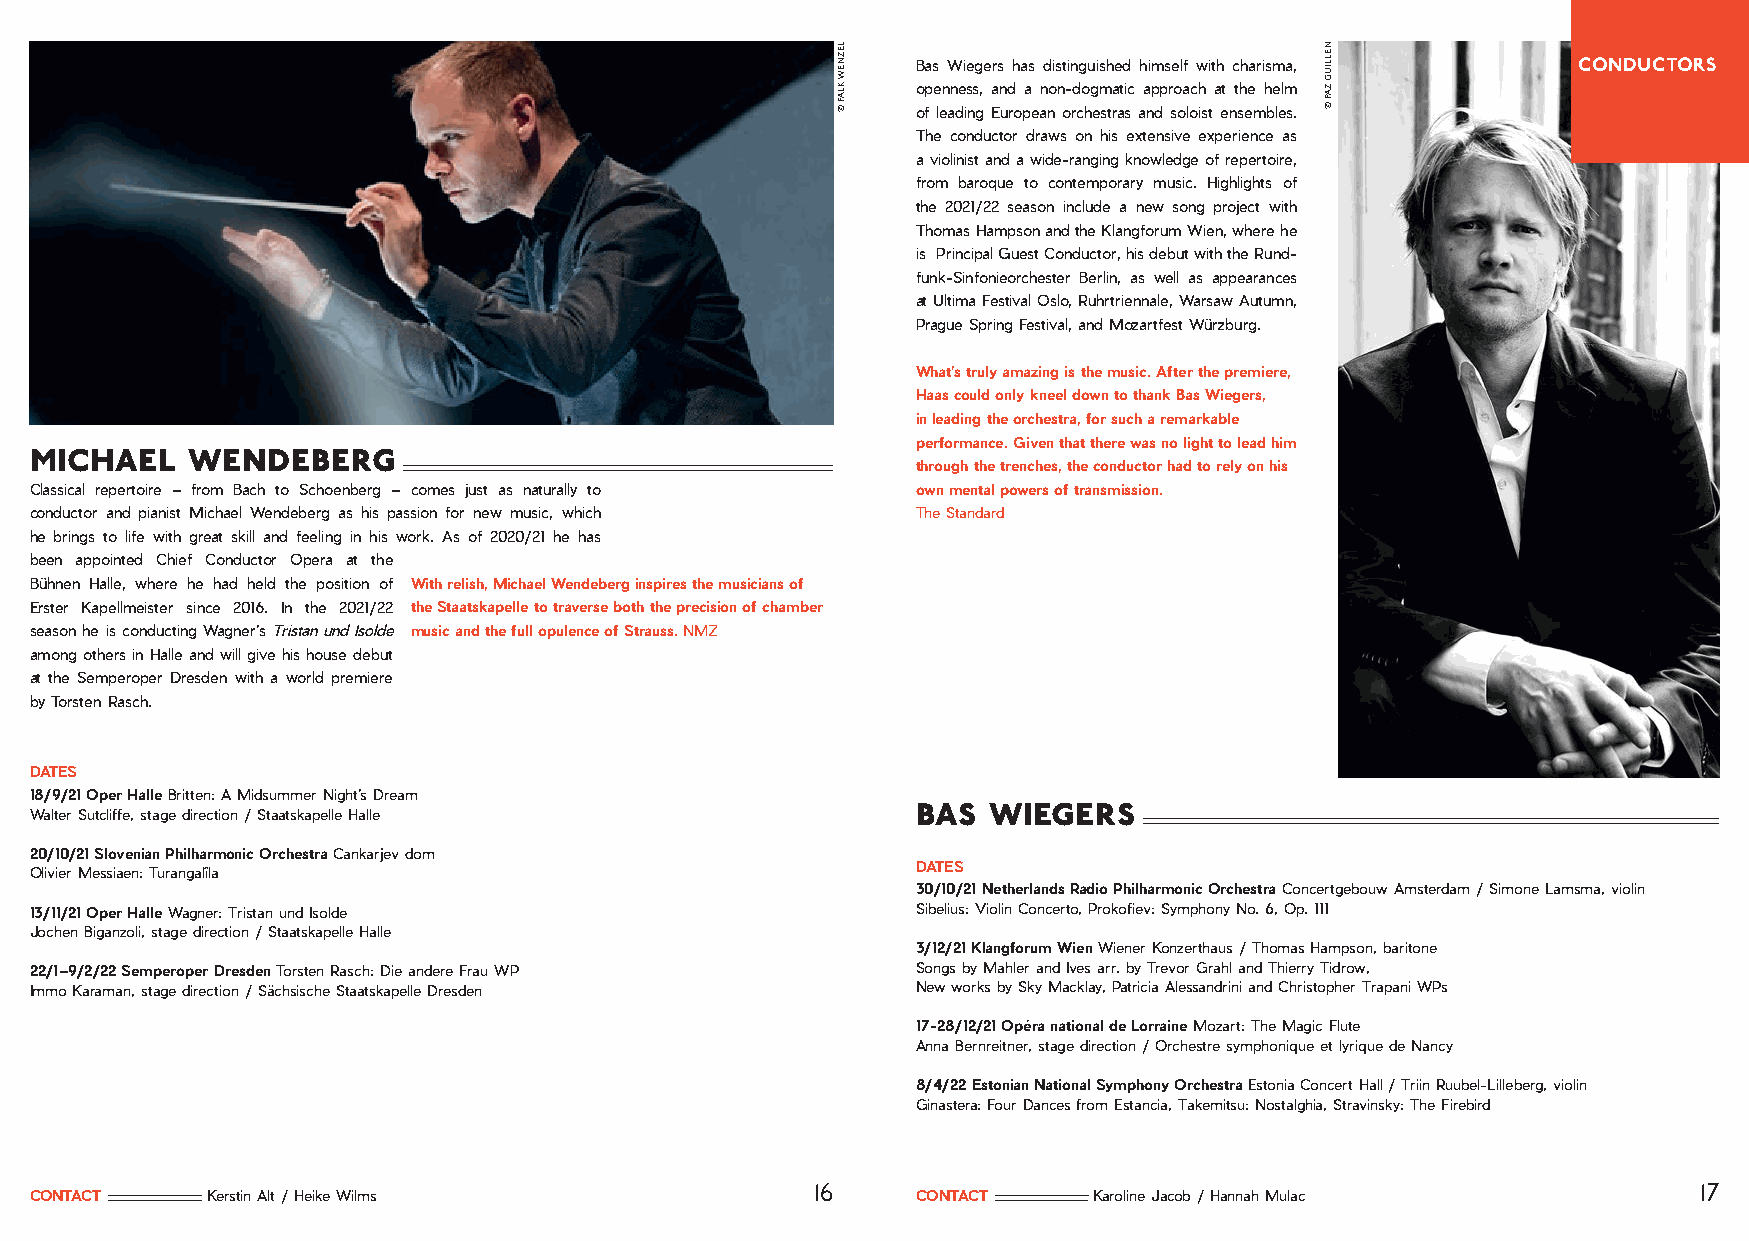
Bas Wiegers has distinguished himself with charisma, CONDUCTORS
 openness, and a non-dogmatic approach at the helm
 of leading European orchestras and soloist ensembles.
 The conductor draws on his extensive experience as
 a violinist and a wide-ranging knowledge of repertoire,
 from baroque to contemporary music. Highlights of
 the 2021/22 season include a new song project with
 Thomas Hampson and the Klangforum Wien, where he
 is Principal Guest Conductor, his debut with the Rund-
 funk-Sinfonieorchester Berlin, as well as appearances
 at Ultima Festival Oslo, Ruhrtriennale, Warsaw Autumn,
 Prague Spring Festival, and Mozartfest Würzburg.
 What’s truly amazing is the music. After the premiere,
 Haas could only kneel down to thank Bas Wiegers,
 in leading the orchestra, for such a remarkable
 performance. Given that there was no light to lead him
 michael   wendeberg
 through the trenches, the conductor had to rely on his
 Classical repertoire – from Bach to Schoenberg – comes just as naturally to own mental powers of transmission.
 conductor and pianist Michael Wendeberg as his passion for new music, which The Standard
 he brings to life with great skill and feeling in his work. As of 2020/21 he has
 been appointed Chief Conductor Opera at the
 Bühnen Halle, where he had held the position of With relish, Michael Wendeberg inspires the musicians of
 Erster Kapellmeister since 2016. In the 2021/22 the Staatskapelle to traverse both the precision of chamber
 season he is conducting Wagner’s Tristan und Isolde music and the full opulence of Strauss. NMZ
 among others in Halle and will give his house debut
 at the Semperoper Dresden with a world premiere
 by Torsten Rasch.
 DATES
 18/9/21 Oper Halle Britten: A Midsummer Night’s Dream
 bas wiegers
 Walter Sutcliffe, stage direction / Staatskapelle Halle
 20/10/21 Slovenian Philharmonic Orchestra Cankarjev dom
 DATES
 Olivier Messiaen: Turangalîla
 30/10/21 Netherlands Radio Philharmonic Orchestra Concertgebouw Amsterdam / Simone Lamsma, violin
 13/11/21 Oper Halle Wagner: Tristan und Isolde             Sibelius: Violin Concerto, Prokofiev: Symphony No. 6, Op. 111
 Jochen Biganzoli, stage direction / Staatskapelle Halle
 3/12/21 Klangforum Wien Wiener Konzerthaus / Thomas Hampson, baritone
 22/1–9/2/22 Semperoper Dresden Torsten Rasch: Die andere Frau WP Songs by Mahler and Ives arr. by Trevor Grahl and Thierry Tidrow,
 Immo Karaman, stage direction / Sächsische Staatskapelle Dresden New works by Sky Macklay, Patricia Alessandrini and Christopher Trapani WPs
 17-28/12/21 Opéra national de Lorraine Mozart: The Magic Flute
 Anna Bernreitner, stage direction / Orchestre symphonique et lyrique de Nancy
 8/4/22 Estonian National Symphony Orchestra Estonia Concert Hall / Triin Ruubel-Lilleberg, violin
 Ginastera: Four Dances from Estancia, Takemitsu: Nostalghia, Stravinsky: The Firebird
 16                                                        17
 CONTACT     Kerstin Alt / Heike Wilms                      CONTACT    Karoline Jacob / Hannah Mulac
 LEZNEW
 KLAF
 ©
 NELLIUG
 ZAP
 ©